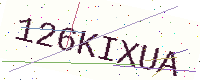
Text: 126KIXUA